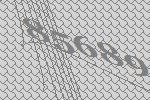
85689